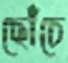
ছোঁচে